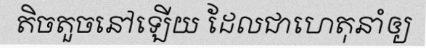
តិចតួចនៅឡើយ ដែលជាហេតុនាំឲ្យ